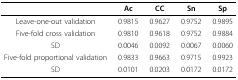
|  | Ac | CC | Sn | Sp |
 | --- | --- | --- | --- | --- |
 | Leave-one-out validation | 0.9815 | 0.9627 | 0.9752 | 0.9895 |
 | Five-fold cross validation | 0.9810 | 0.9618 | 0.9752 | 0.9884 |
 | SD | 0.0046 | 0.0092 | 0.0067 | 0.0060 |
 | Five-fold proportional validation | 0.9833 | 0.9663 | 0.9715 | 0.9923 |
 | SD | 0.0101 | 0.0203 | 0.0172 | 0.0172 |